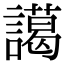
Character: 譪